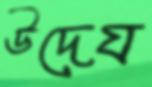
উদেয